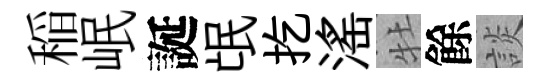
稲岷誕氓扢滛牡餘談